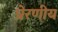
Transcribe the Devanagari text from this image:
प्रेरणीय